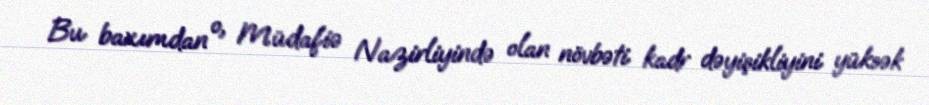
Bu baxımdan o, Müdafiə Nazirliyində olan növbəti kadr dəyişikliyini yüksək